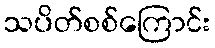
သပိတ်စစ်ကြောင်း